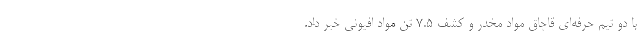
با دو تیم حرفه‌ای قاچاق مواد مخدر و کشف ۷.۵ تن مواد افیونی خبر داد.